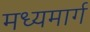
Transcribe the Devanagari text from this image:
मध्‍यमार्ग